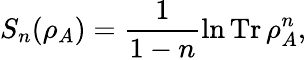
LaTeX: S_{n}(\rho_{A})=\frac{1}{1-n}\ln\operatorname{Tr}\rho_{A}^{n},